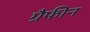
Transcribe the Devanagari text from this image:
ग्रैफीन